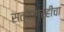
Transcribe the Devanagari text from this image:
सत्याग्रहींचा